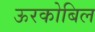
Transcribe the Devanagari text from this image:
ऊरकोबिल